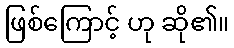
ဖြစ်ကြောင့် ဟု ဆို၏။